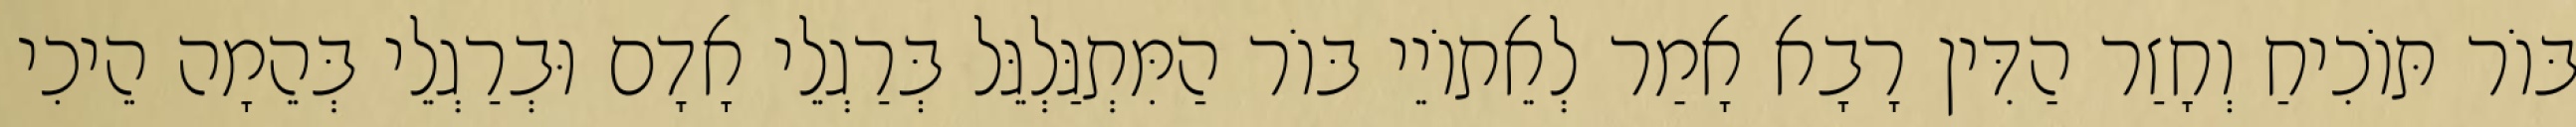
בּוֹר תּוֹכִיחַ וְחָזַר הַדִּין רָבָא אָמַר לְאֵתוֹיֵי בּוֹר הַמִּתְגַּלְגֵּל בְּרַגְלֵי אָדָם וּבְרַגְלֵי בְּהֵמָה הֵיכִי